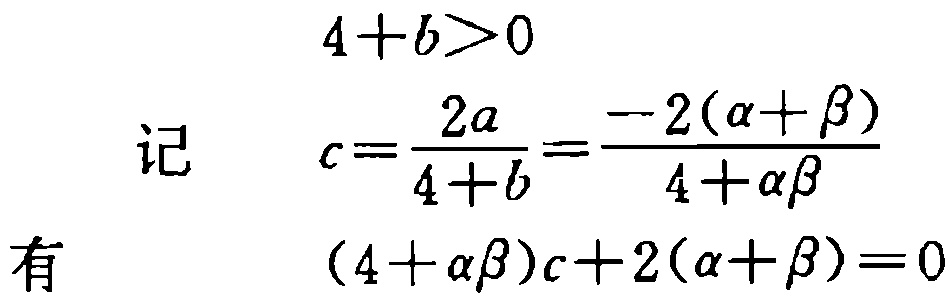
\[
\begin{align*}
&4 + b>0\\
\text{记}\quad&c = \frac{2a}{4 + b}=\frac{-2(\alpha+\beta)}{4+\alpha\beta}\\
\text{有}\quad&(4+\alpha\beta)c + 2(\alpha+\beta)=0
\end{align*}
\]